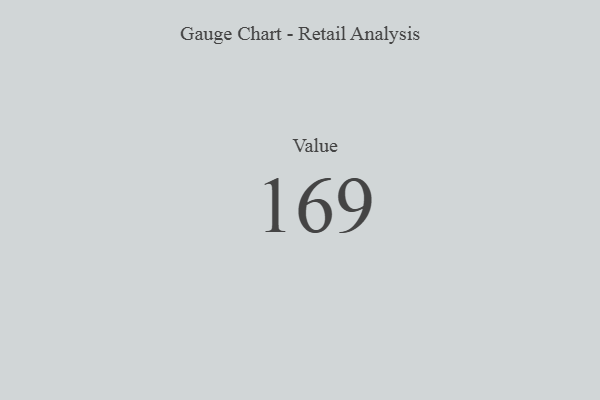
{"axis": {"x": "Metric", "y": "Value"}, "legend": [""], "data": [{"x": "Value", "y": 169, "type": ""}]}